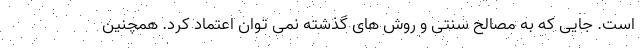
است. جایی که به مصالح سنتی و روش های گذشته نمی توان اعتماد کرد. همچنین